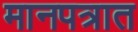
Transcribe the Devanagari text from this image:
मानपत्रात